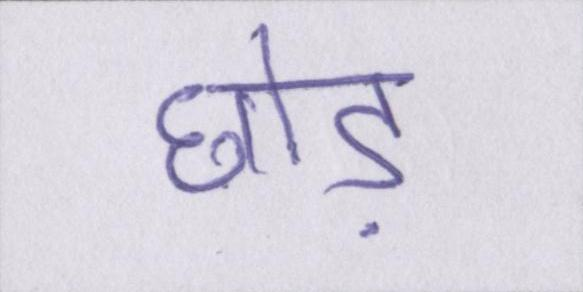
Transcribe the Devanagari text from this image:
छोड़